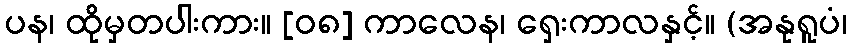
ပန၊ ထိုမှတပါးကား။ [၀၈] ကာလေန၊ ရှေးကာလနှင့်။ (အနုရူပံ၊